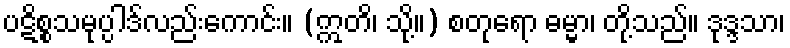
ပဋိစ္စသမုပ္ပါဒ်လည်းကောင်း။ (ဣတိ၊ သို့။) စတုရော ဓမ္မာ၊ တို့သည်။ ဒုဒ္ဒသာ၊